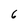
Character: 6